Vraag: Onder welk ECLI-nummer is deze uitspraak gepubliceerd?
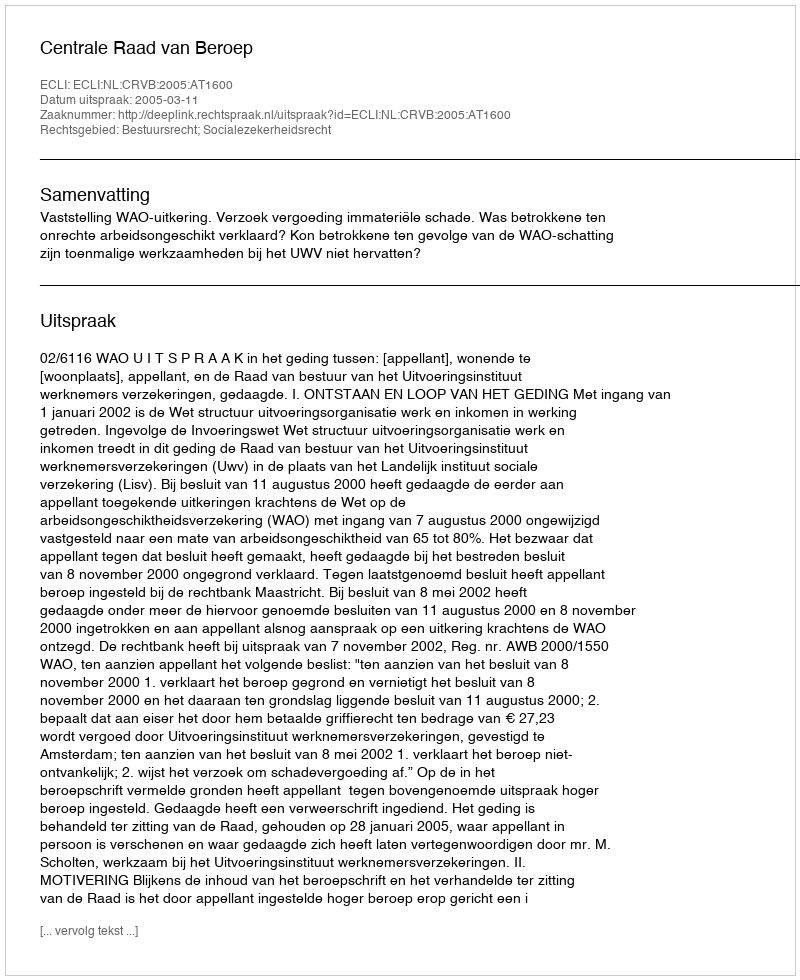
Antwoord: ECLI:NL:CRVB:2005:AT1600